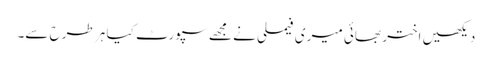
دیکھیں اختر بھائی میری فیملی نے مجھے سپورٹ کیا ہر طرح سے۔